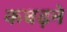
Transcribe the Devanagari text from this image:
कबढ़ने